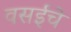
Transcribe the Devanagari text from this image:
वसईचे